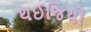
થઈજિયો